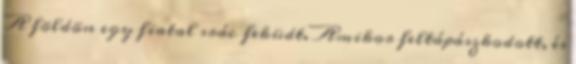
A földön egy fiatal srác feküdt. Amikor feltápászkodott, és